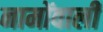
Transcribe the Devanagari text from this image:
नामोंवाली